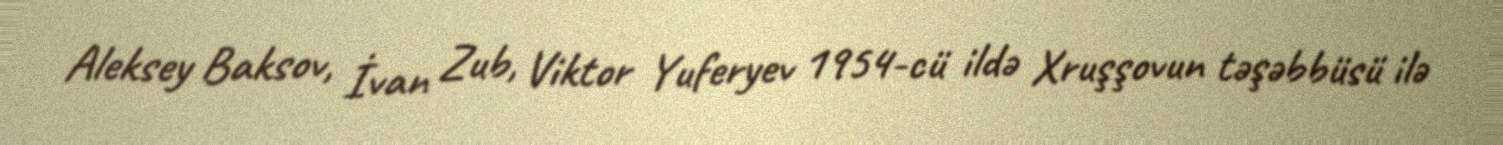
Aleksey Baksov, İvan Zub, Viktor Yuferyev 1954-cü ildə Xruşşovun təşəbbüsü ilə